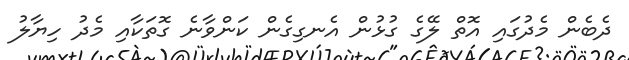
ދެބެން މެދުގައި އޮތް ލޭގެ ގުޅުން އެނގިގެން ކަންވާނެ ގޮތަކާއި މެދު ހިޔާލު